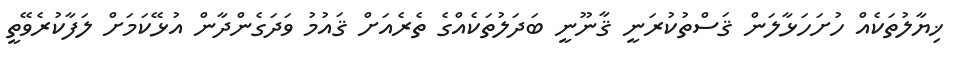
ޚިޔާލުތަކެއް ހުށަހަޅާލަން ޤަސްތުކުރަނީ ޤާނޫނީ ބަދަލުތަކެއްގެ ތެރެއަށް ޤައުމު ވަދަގެންދާން އުޅޭކަމަށް ލަފާކުރެވޭތީ